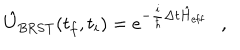
\hat { U } _ { \mathrm { B R S T } } ( t _ { f } , t _ { i } ) = e ^ { - \frac { i } { \hbar } \Delta t \hat { H } _ { \mathrm { e f f } } } \ \ \ ,